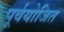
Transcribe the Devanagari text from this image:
पूर्वयोजित